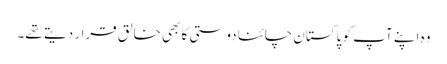
وہ اپنے آپ کو پاکستان چائنا دوستی کا بھی خالق قرار دیتے تھے۔